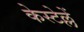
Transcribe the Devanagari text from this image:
केस्टेल्लें